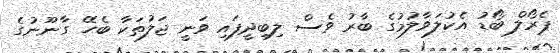
ޕެރޯލް ބޯޑު އެކުލަވާލުމުގެ ބާރު ވެސް ލިބިދީފައި ވަނީ ޖަލުތަކާ ބެހޭ ގާނޫނުގެ